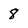
Character: 8